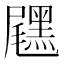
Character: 𪑐